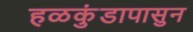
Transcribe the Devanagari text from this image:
हळकुंडापासुन